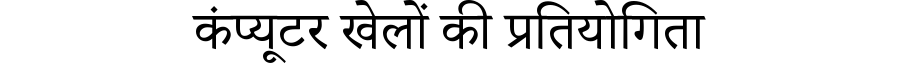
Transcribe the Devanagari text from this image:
कंप्यूटर खेलों की प्रतियोगिता